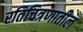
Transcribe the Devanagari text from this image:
रतिचित्रणातील